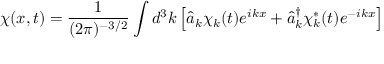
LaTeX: \chi ( x , t ) = { \frac { 1 } { ( 2 \pi ) ^ { - 3 / 2 } } } \int d ^ { 3 } k \left[ { \hat { a } } _ { k } \chi _ { k } ( t ) e ^ { i k x } + { \hat { a } } _ { k } ^ { \dag } \chi _ { k } ^ { * } ( t ) e ^ { - i k x } \right]